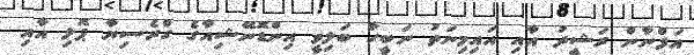
އަފްނާން ރަޝީދު އާއި އައިމިނަތު ނަބީހާ ބަލިވީ އިންޑޮނޭޝިއާގެ ގްރެސިޔާ ޕޮލި އާއި